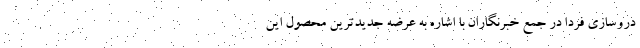
دروسازی فردا در جمع خبرنگاران با اشاره به عرضه جدیدترین محصول این